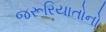
જરૂરિયાતોનો